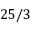
2 5 / 3